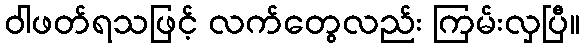
ဝါဖတ်ရသဖြင့် လက်တွေလည်း ကြမ်းလှပြီ။